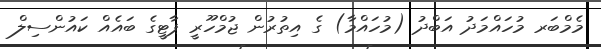
މެމްބަރ މުހައްމަދު އަބްދު (މުހައްމާ) ގެ އިތުރުން ޖުމްހޫރީ ޕާޓީގެ ބައެއް ކައުންސިލް